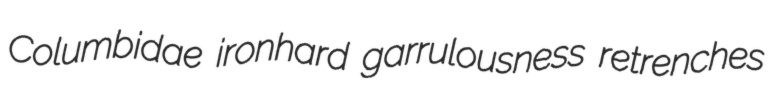
Columbidae ironhard garrulousness retrenches